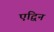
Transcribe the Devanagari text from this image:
एद्विन